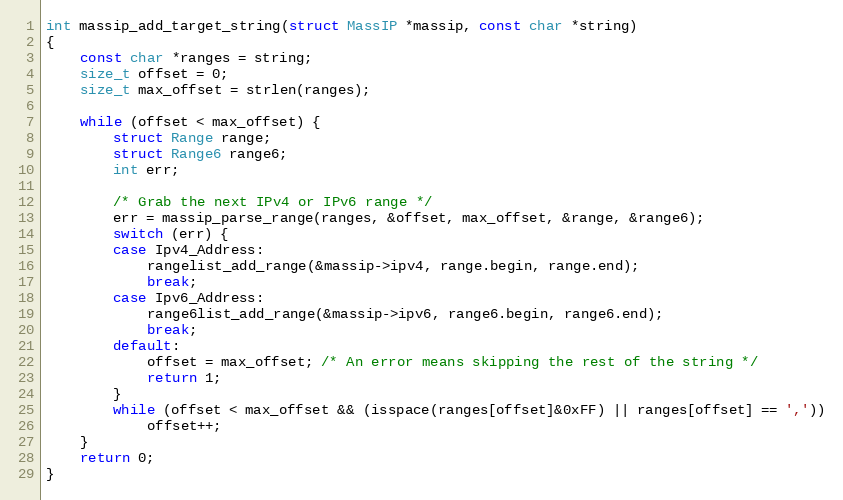
Language: C
int massip_add_target_string(struct MassIP *massip, const char *string)
{
    const char *ranges = string;
    size_t offset = 0;
    size_t max_offset = strlen(ranges);

    while (offset < max_offset) {
        struct Range range;
        struct Range6 range6;
        int err;

        /* Grab the next IPv4 or IPv6 range */
        err = massip_parse_range(ranges, &offset, max_offset, &range, &range6);
        switch (err) {
        case Ipv4_Address:
            rangelist_add_range(&massip->ipv4, range.begin, range.end);
            break;
        case Ipv6_Address:
            range6list_add_range(&massip->ipv6, range6.begin, range6.end);
            break;
        default:
            offset = max_offset; /* An error means skipping the rest of the string */
            return 1;
        }
        while (offset < max_offset && (isspace(ranges[offset]&0xFF) || ranges[offset] == ','))
            offset++;
    }
    return 0;
}